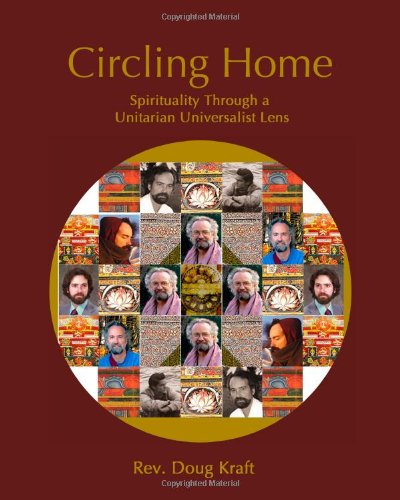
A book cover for Circling Home: Spirituality through a Unitarian Universalist Lens; Rev. Doug Kraft; Religion & Spirituality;